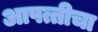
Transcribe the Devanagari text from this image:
आपत्तीचा